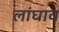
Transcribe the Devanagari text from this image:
लांघाव